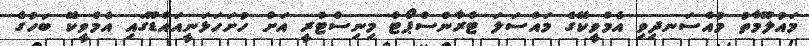
މައުލޫމާތު މުއްސަނދިވި އެމްވީކޭގެ މައްސަލަ ޓްރާންސްޕޯޓް މިނިސްޓްރީ އަށް ހުށަހަޅަނީއައްޑޫގައި އެމްވީކޭ ބަހުގެ